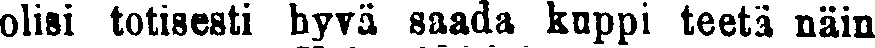
olisi totisesti hyvä saada kuppi teetä näin